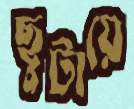
ছুটায়ে